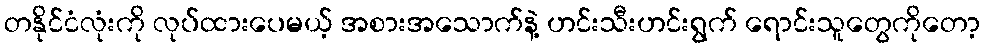
တနိုင်ငံလုံးကို လုပ်ထားပေမယ့် အစားအသောက်နဲ့ ဟင်းသီးဟင်းရွက် ရောင်းသူတွေကိုတော့